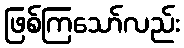
ဖြစ်ကြသော်လည်း